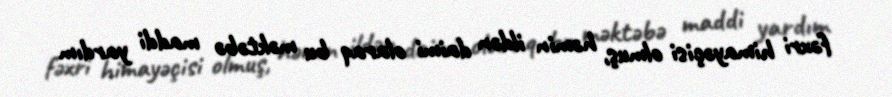
fəxri himayəçisi olmuş, həmin ildən daimi olaraq bu məktəbə maddi yardım